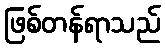
ဖြစ်တန်ရာသည်